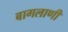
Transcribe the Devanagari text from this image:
बागलाणी